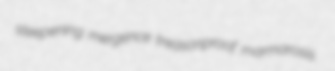
steepening mergence treasonproof marmarosis